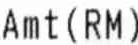
AMT(RM)